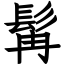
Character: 髯